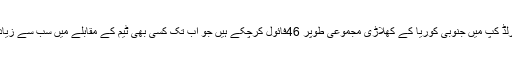
اس ورلڈ کپ میں جنوبی کوریا کے کھلاڑی مجموعی طوپر 46فائول کرچکے ہیں جو اب تک کسی بھی ٹیم کے مقابلے میں سب سے زیادہ ہیں۔